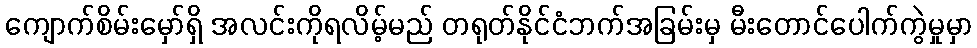
ကျောက်စိမ်းမှော်ရှိ အလင်းကိုရလိမ့်မည် တရုတ်နိုင်ငံဘက်အခြမ်းမှ မီးတောင်ပေါက်ကွဲမှုမှာ